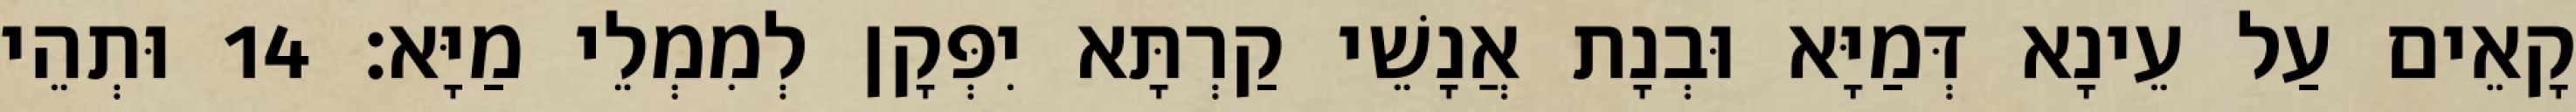
קָאֵים עַל עֵינָא דְּמַיָּא וּבְנָת אֲנָשֵׁי קַרְתָּא יִפְּקָן לְמִמְלֵי מַיָּא׃ 14 וּתְהֵי